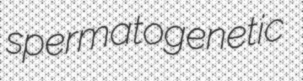
spermatogenetic